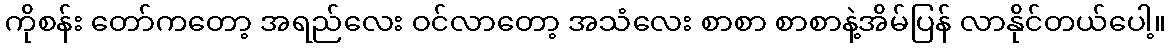
ကိုစန်း တော်ကတော့ အရည်လေး ဝင်လာတော့ အသံလေး စာစာ စာစာနဲ့အိမ်ပြန် လာနိုင်တယ်ပေါ့။